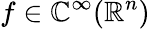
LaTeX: f\in\mathbb{C}^{\infty}(\mathbb{{R}}^{n})